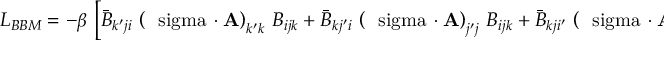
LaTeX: { \cal L } _ { B B M } = - \beta \, \left[ \bar { B } _ { k ^ { \prime } j i } \, \left( \mathrm { \boldmath ~ \ s i g m a ~ } \! \cdot { \bf A } \right) _ { k ^ { \prime } k } \, B _ { i j k } + \bar { B } _ { k j ^ { \prime } i } \, \left( \mathrm { \boldmath ~ \ s i g m a ~ } \! \cdot { \bf A } \right) _ { j ^ { \prime } j } \, B _ { i j k } + \bar { B } _ { k j i ^ { \prime } } \, \left( \mathrm { \boldmath ~ \ s i g m a ~ } \! \cdot { \bf A } \right) _ { i ^ { \prime } i } \, B _ { i j k } \right] ,